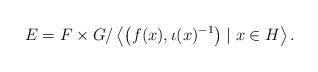
LaTeX: \begin{align*}E=F\times G / \left\langle \bigl(f(x),\iota(x)^{-1}\bigr)\mid x\in H\right\rangle.\end{align*}